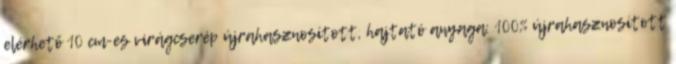
elérhető 10 cm-es virágcserép újrahasznosított, hajtató anyaga: 100% újrahasznosított